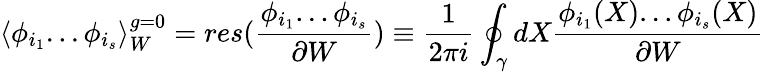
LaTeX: \langle\phi_{i_{1}}...\phi_{i_{s}}\rangle_{W}^{g=0}=res(\frac{\phi_{i_{1}}...\phi_{i_{s}}}{\partial W})\equiv\frac{1}{2\pi i}\oint_{\gamma}dX\frac{\phi_{i_{1}}(X)...\phi_{i_{s}}(X)}{\partial W}